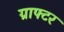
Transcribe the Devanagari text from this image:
ग्राफ्टर